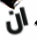
ان